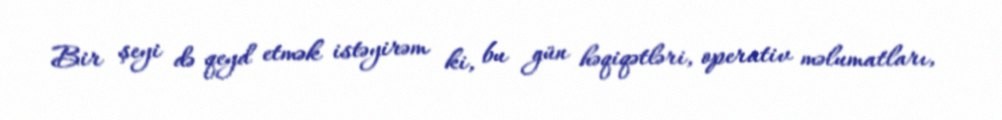
Bir şeyi də qeyd etmək istəyirəm ki, bu gün həqiqətləri, operativ məlumatları,